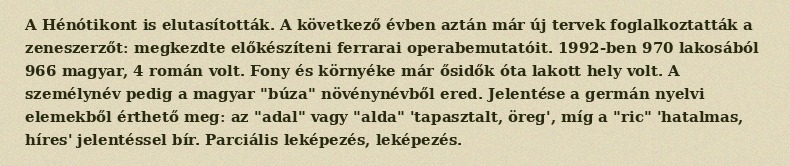
A Hénótikont is elutasították. A következő évben aztán már új tervek foglalkoztatták a zeneszerzőt: megkezdte előkészíteni ferrarai operabemutatóit. 1992-ben 970 lakosából 966 magyar, 4 román volt. Fony és környéke már ősidők óta lakott hely volt. A személynév pedig a magyar "búza" növénynévből ered. Jelentése a germán nyelvi elemekből érthető meg: az "adal" vagy "alda" 'tapasztalt, öreg', míg a "ric" 'hatalmas, híres' jelentéssel bír. Parciális leképezés, leképezés.